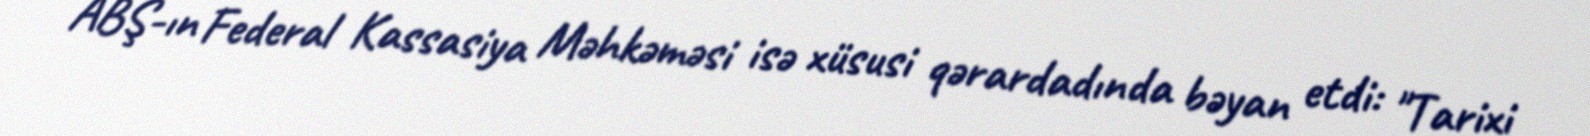
ABŞ-ın Federal Kassasiya Məhkəməsi isə xüsusi qərardadında bəyan etdi: "Tarixi